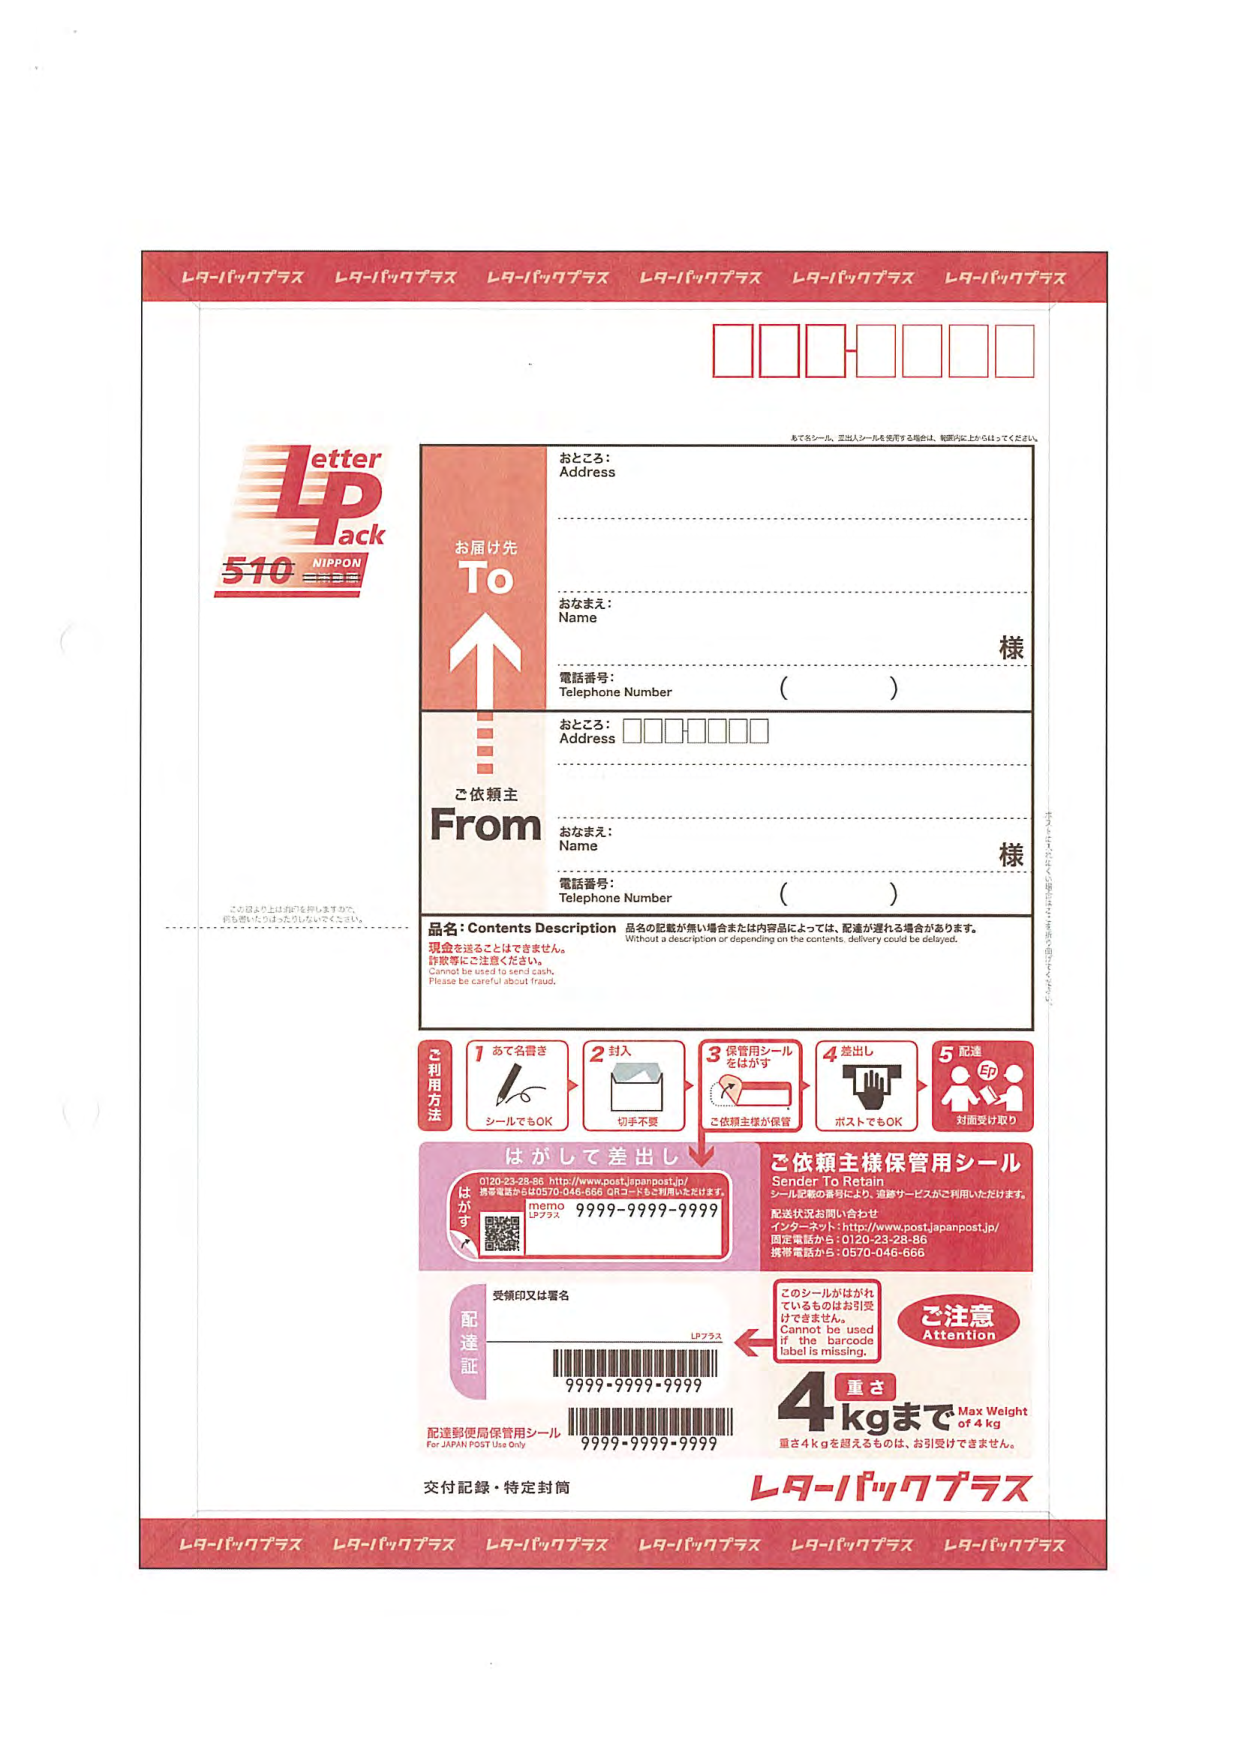
レターパックプラス レターパックプラス レターパックプラス レターパックプラス レターパックプラス レターパックプラス

letter
LP
ack
510 NIPPON
日本郵便

お届け先
To
↑

おところ：
Address

おなまえ：
Name

電話番号：
Telephone Number
（ ）

様

ご依頼主
From

おところ：
Address
□□□□□□□

おなまえ：
Name

電話番号：
Telephone Number
（ ）

様

品名：Contents Description
品名の記載が無い場合または内容品によっては、配達が遅れる場合があります。
Without a description or depending on the contents, delivery could be delayed.
現金を送ることはできません。
詐欺等にご注意ください。
Cannot be used to send cash.
Please be careful about fraud.

ご利用方法
1 あて名書き
シールでもOK
2 封入
切手不要
3 保管用シールをはがす
ご依頼主様が保管
4 差出し
ポストでもOK
5 配達
対面受け取り

はがして差出し
0120-23-28-86 http://www.post.japanpost.jp/
携帯電話から0570-046-666 QRコードもご利用いただけます。
memo
LPプラス
9999-9999-9999

ご依頼主様保管用シール
Sender To Retain
シール記載の番号により、追跡サービスがご利用いただけます。
配送状況お問い合わせ
インターネット：http://www.post.japanpost.jp/
固定電話から：0120-23-28-86
携帯電話から：0570-046-666

受領印又は署名

配達証
LPプラス
9999-9999-9999

配達郵便局保管用シール
For JAPAN POST Use Only
9999-9999-9999

交付記録・特定封筒

このシールがはがれているものはお引受けできません。
Cannot be used if the barcode label is missing.

ご注意
Attention

4 重さ
kgまで Max Weight
of 4 kg
重さ4kgを超えるものは、お引受けできません。

レターパックプラス

レターパックプラス レターパックプラス レターパックプラス レターパックプラス レターパックプラス レターパックプラス

あて名シール、またはシールを使用する場合は、縦横方向に上からはがしてください。

この面より上はお切りを押しますので、
何も書いたりはがしたりしないでください。